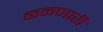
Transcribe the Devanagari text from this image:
कळणारी